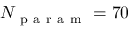
N _ { \mathrm { ~ p ~ a ~ r ~ a ~ m ~ } } = 7 0